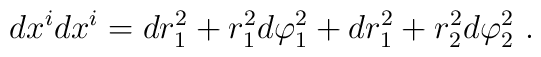
d x^i d x^i =   d r^2_1 + r^2_1 d \varphi^2_1 + d r^2_1 + r^2_2 d \varphi_2^2 ~.